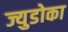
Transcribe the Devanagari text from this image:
ज्युडोका